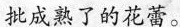
批成熟了的花蕾。